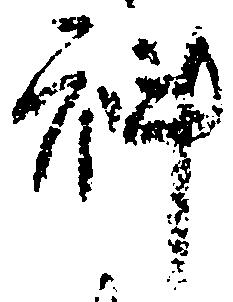
科